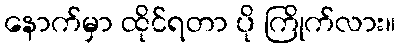
နောက်မှာ ထိုင်ရတာ ပို ကြိုက်လား။